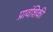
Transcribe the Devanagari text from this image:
प्रावंशिकी